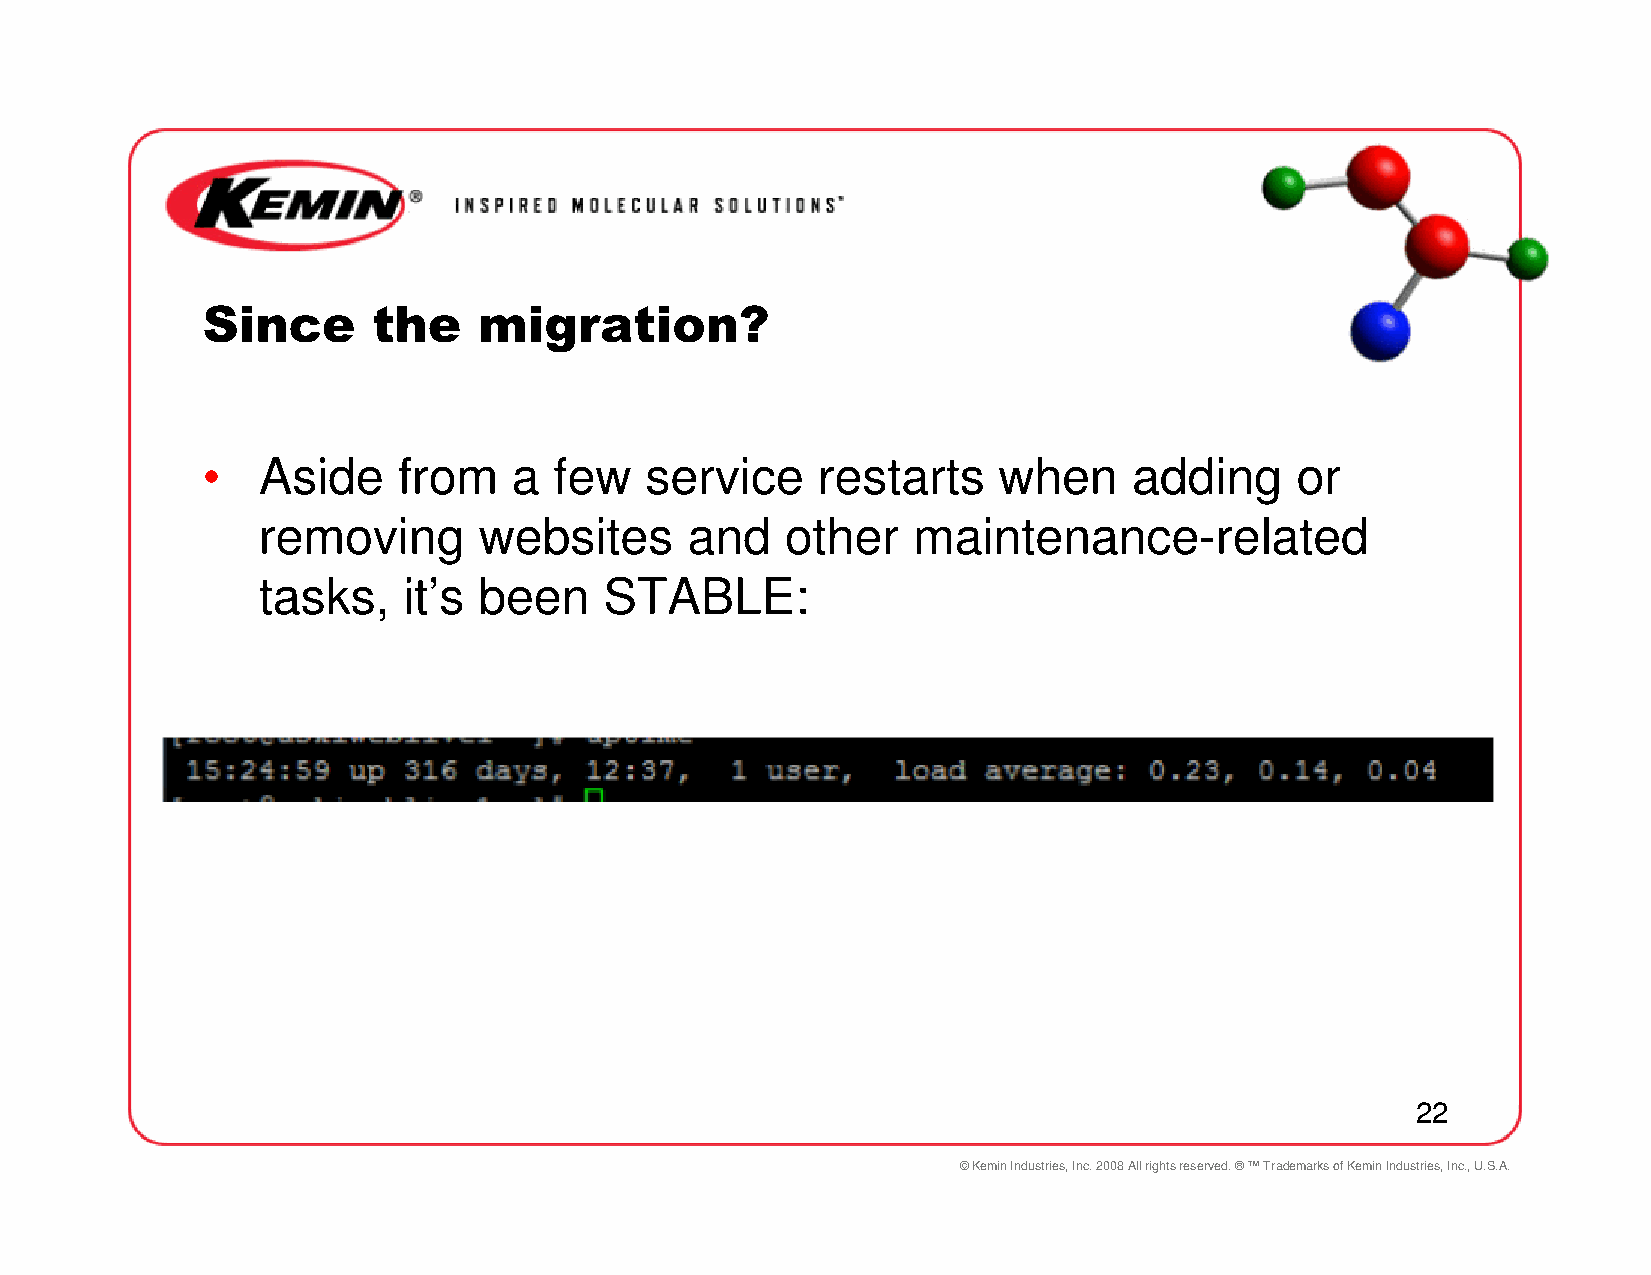
Since       the    migration?
 •   Aside    from    a  few   service    restarts    when     adding     or
 removing       websites      and   other   maintenance-related
 tasks,    it’s been    STABLE:
 22
 © Kemin Industries, Inc. 2008 All rights reserved. ® ™ Trademarks of Kemin Industries, Inc., U.S.A.